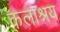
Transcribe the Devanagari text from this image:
कलाश्रय